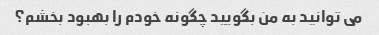
می توانید به من بگویید چگونه خودم را بهبود بخشم؟